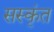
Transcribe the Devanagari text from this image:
सस्कृंत